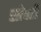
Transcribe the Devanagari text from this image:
सोपरी